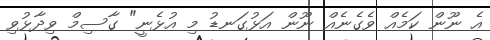
އެ ނޫން ކަމެއް ވެގެނެއް ނޫން އަޅުގަނޑު މި އުޅެނީ" ގާސިމް ވިދާޅުވި